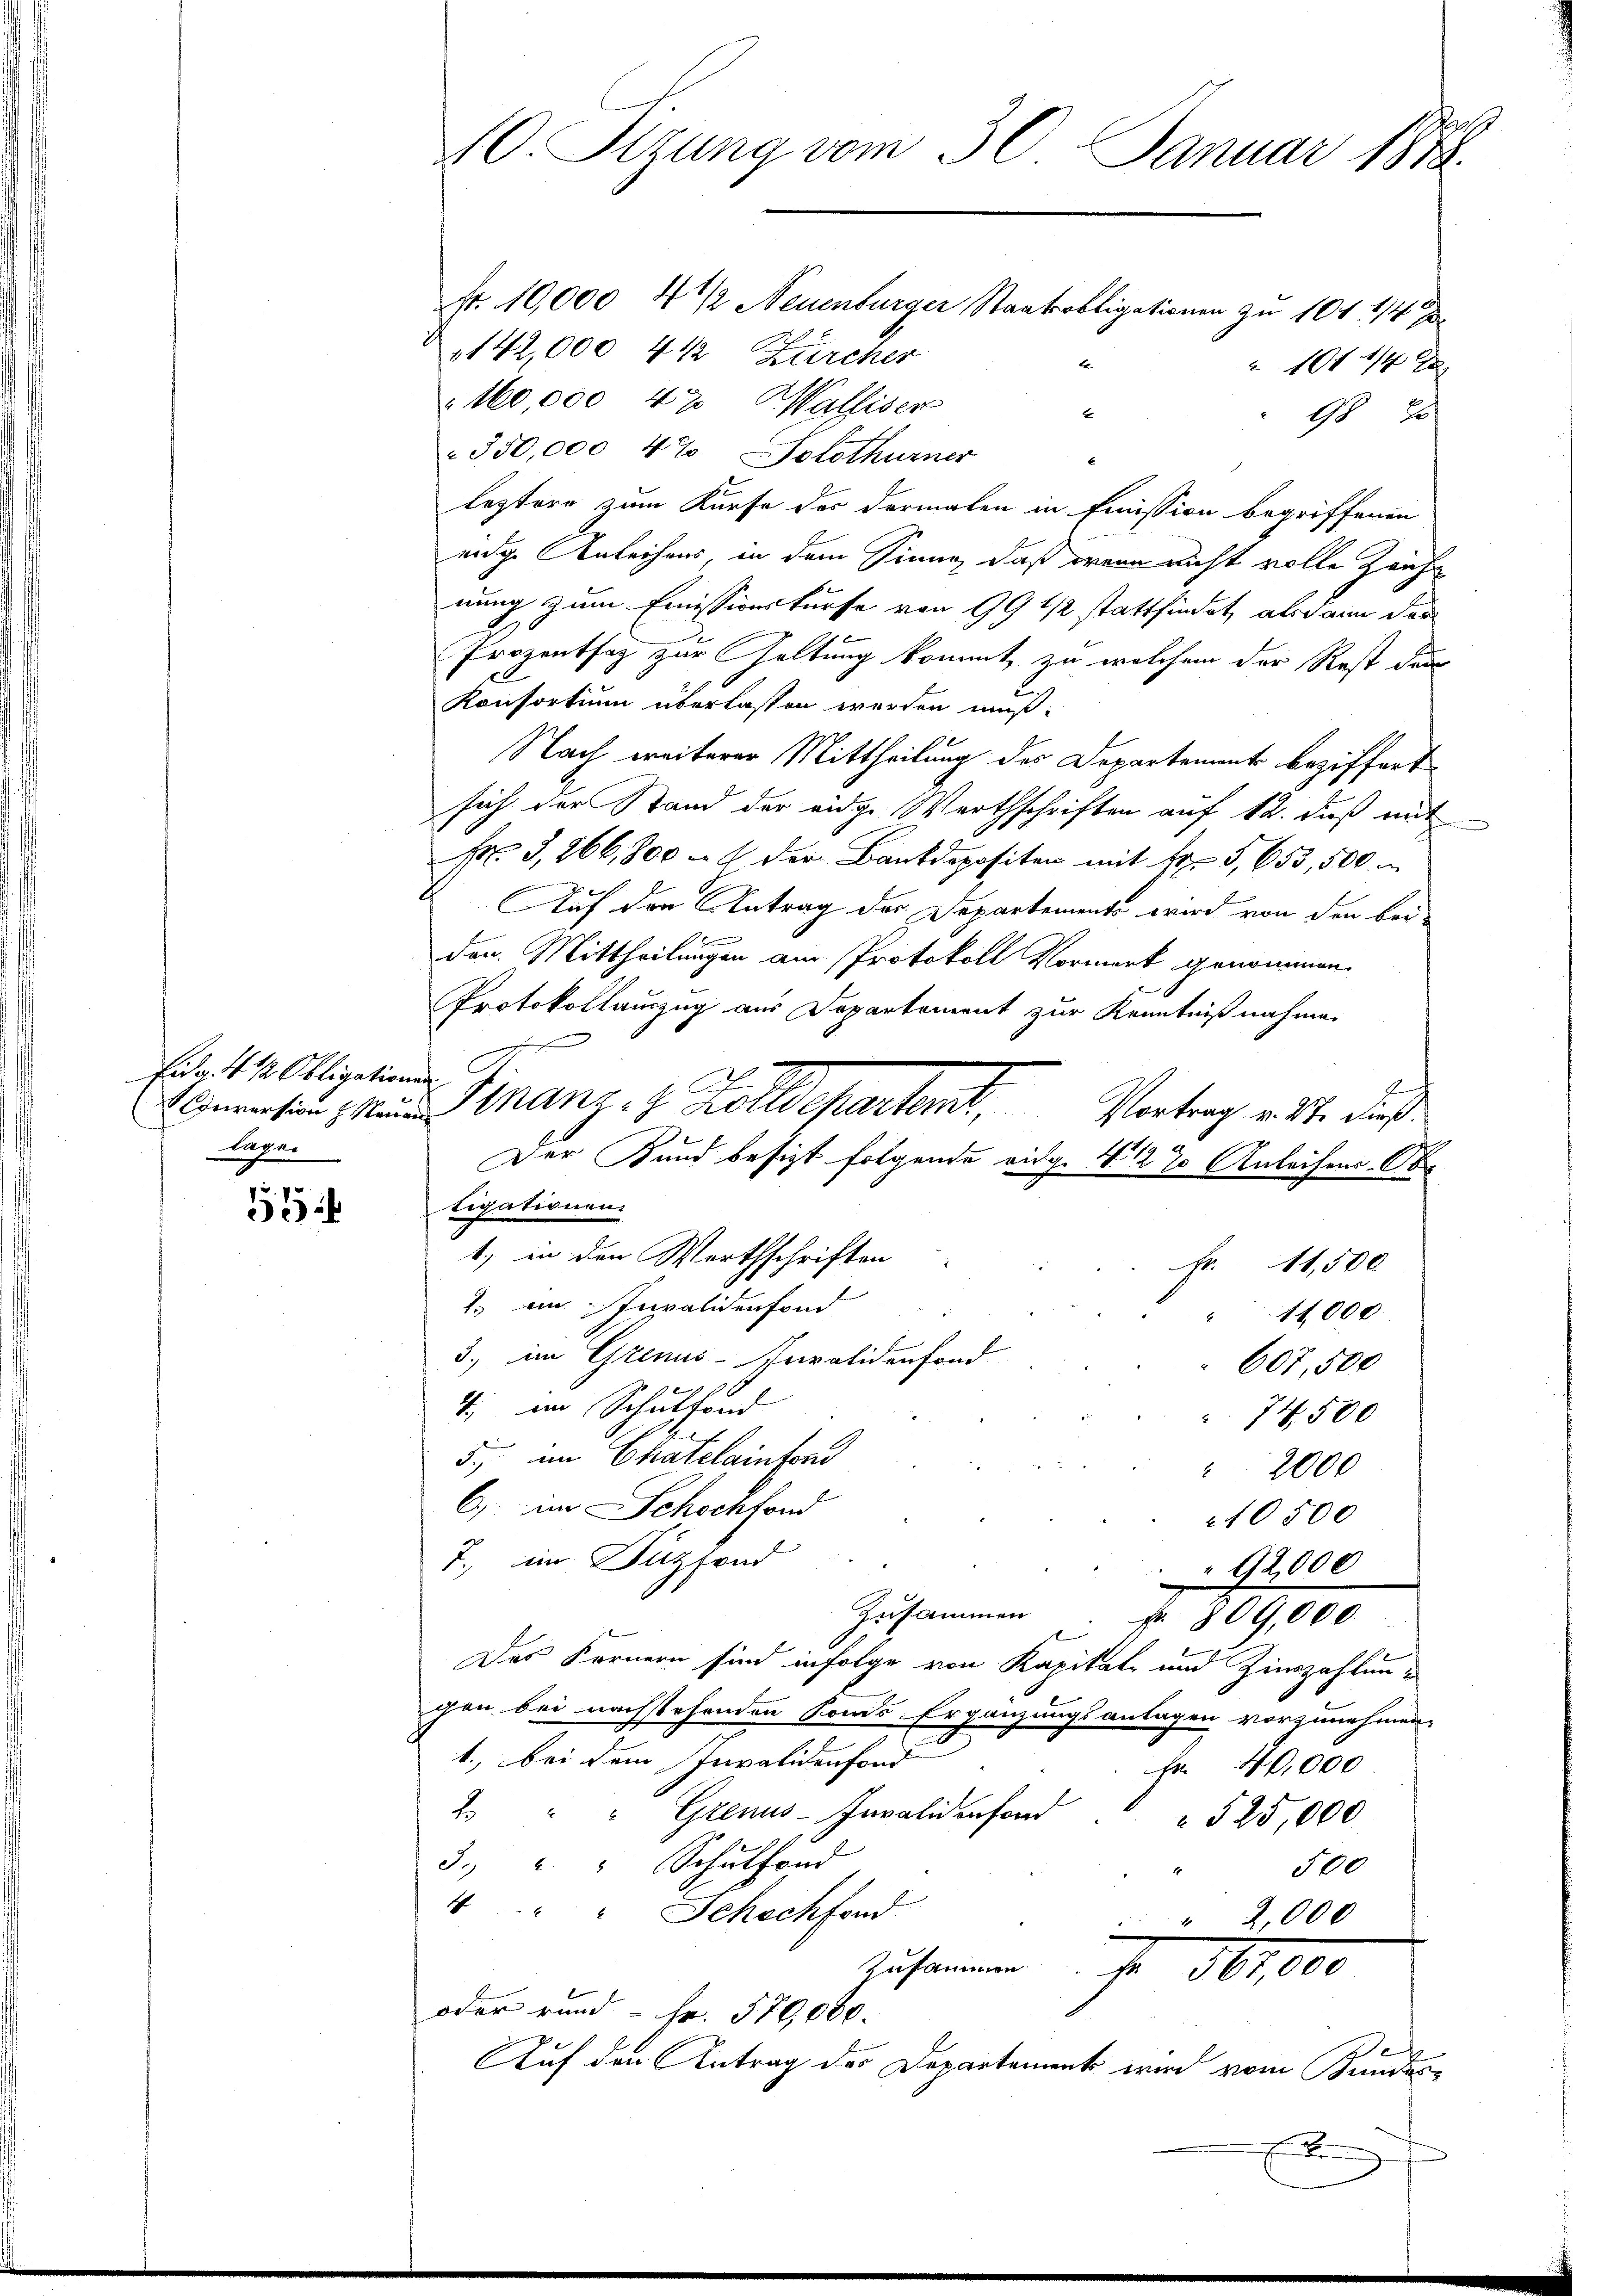
Eidg. 412. Obligationen
legen

55

10. Sizung vom 30. Januar 1848.

Nr. 10,000 4 ½ Neuenburger Staatsobligationen zu 104 1/4
142,000 442 Zürcher
 1014/4 x
160,000 42 Walliser
E
98 20
350,000 4% Solothurner
leztere zum Kurse des dermalen in Emmission begriffenen
eige Anleihens in dem Sinne, daß wenn nicht volle Zeich
nung zum Emissionskurse von 19 1/2 stattfindet, alsdann der
Prozentsaz zur Haltung kommt, zu welchem der Rest der
Konsortium überlassen werden muß:
Nach weiterer Mittheilung des Departement beziffert
sich der Stand der eidge Warthschriften auf 12. daß mit
. 3, 266,800   der Bankdopositen mit Fr. 5, 653,500
Auf den Antrag der Departement wird von den bei-
.
den Mittheilungen am Protokoll Vormerk genommen.
Protokollauszug aus Departement zur Kenntnißnahme.
E
mnension den Finanz- 4 Zolldepartent, Vortrag v. 14. dieß
Der Kund besizt folgende eidg. 412 % Anleihens. Obe
tigationen.
1) in den Werthschriften
Fr. 11,500
1.) ein Invalidenfond
11,000
3. im Grenus-Invalidenfond
607,500
4, im Schulfond
74500.
5., im Chatelaintend
2000
6) im Schockford
10500
7., im Duzfond
92000
Zusammen
Nr. 809,000.
Das Fernern sind infolge von Kapitate und Zinszahlungen bei nachstehenden Konds Ergänzungsanlagen vorzunehmen.
1., bei dem Invalidenfond
Fr. 40,000
2. " " Genus-Invalidenfond
 525,000
3. " " Schulfond
500.
1
4 " " Schochfend
2,000
Zusammen 56,000
oder rund - Fr. 570060.
De
Auf den Antrag des Departement wird vom Bundes-